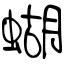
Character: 蝴